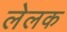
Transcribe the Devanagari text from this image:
लेलक